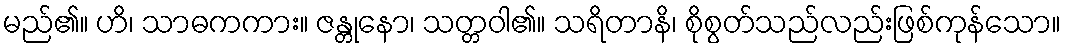
မည်၏။ ဟိ၊ သာဓကကား။ ဇန္တုနော၊ သတ္တဝါ၏။ သရိတာနိ၊ စိုစွတ်သည်လည်းဖြစ်ကုန်သော။